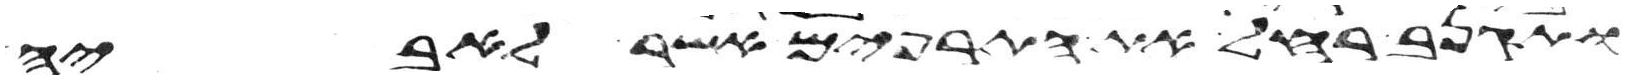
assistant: ותגנב רחל את התרפים אשר לאביה